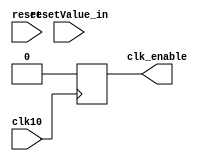
module clkGen_verilog(clk10,reset,resetValue_in,clk_enable);

input reset, clk10;
input[25:0] resetValue_in;
output clk_enable;
reg clk_enable;

reg counter;
reg enable;

parameter freq_divider=10000000;

always@(posedge clk10) 
begin
     if(reset==0)
           begin
             counter<=0;
             clk_enable<=0;
           end
     else if (counter == freq_divider - 1)
             begin 
               counter <= 0;
               clk_enable  <= 1;
             end
          else
             begin
             counter <= counter + 1;
             clk_enable  <= 0;     
             end 
 end    
endmodule